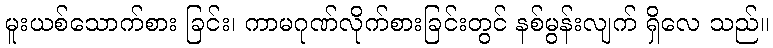
မူးယစ်သောက်စား ခြင်း၊ ကာမဂုဏ်လိုက်စားခြင်းတွင် နစ်မွန်းလျက် ရှိလေ သည်။